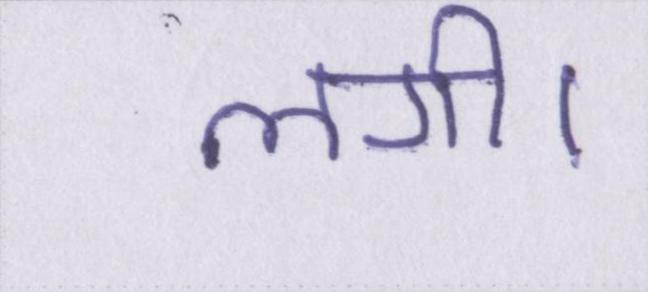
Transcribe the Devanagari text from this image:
लगी।